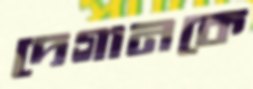
দেগানকে